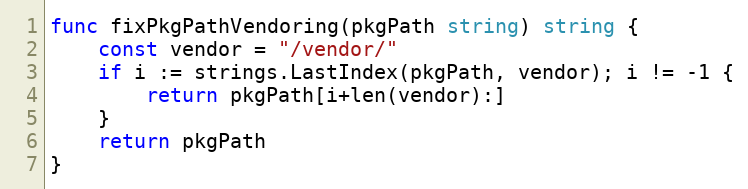
Language: Go
func fixPkgPathVendoring(pkgPath string) string {
	const vendor = "/vendor/"
	if i := strings.LastIndex(pkgPath, vendor); i != -1 {
		return pkgPath[i+len(vendor):]
	}
	return pkgPath
}